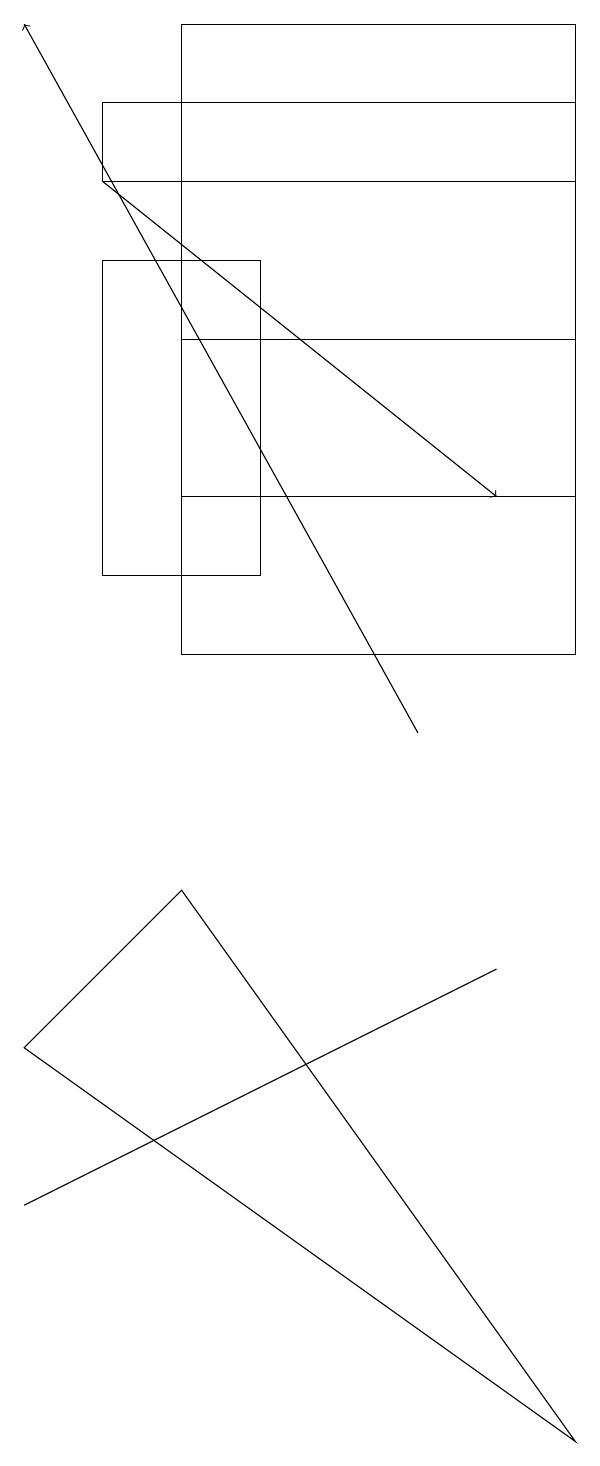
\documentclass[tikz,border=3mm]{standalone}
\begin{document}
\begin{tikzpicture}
\draw (3,16) rectangle (5,12);
\draw (9,1) -- (2,6) -- (4,8) -- cycle;
\draw (2,4) -- (4,5) -- (8,7) -- cycle;
\draw (3,18) rectangle (9,17);
\draw (9,11) rectangle (4,15);
\draw (4,19) rectangle (9,13);
\draw[->] (3,17) -- (8,13);
\draw[->] (7,10) -- (2,19);
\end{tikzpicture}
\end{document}